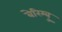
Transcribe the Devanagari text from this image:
बेरिम्बु